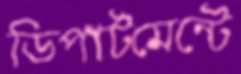
ডিপার্টমেন্টে